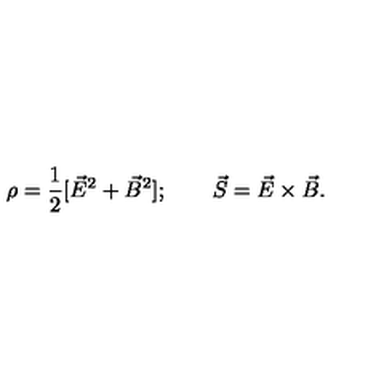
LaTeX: \rho = { \frac { 1 } { 2 } } [ \vec { E } ^ { 2 } + \vec { B } ^ { 2 } ] ; \qquad \vec { S } = \vec { E } \times \vec { B } .